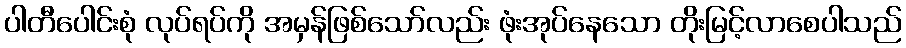
ပါတီပေါင်းစုံ လုပ်ရပ်ကို အမှန်ဖြစ်သော်လည်း ဖုံးအုပ်နေသော တိုးမြင့်လာစေပါသည်